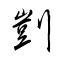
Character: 剴